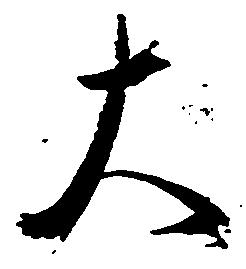
大